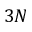
3 N